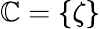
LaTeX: \mathbb{C}=\{ \zeta\}